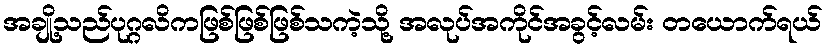
အချို့သည်ပုဂ္ဂလိကဖြစ်ဖြစ်ဖြစ်သကဲ့သို့ အလုပ်အကိုင်အခွင့်လမ်း တယောက်ရယ်